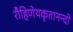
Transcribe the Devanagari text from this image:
रौहिणेयकृतानन्दो